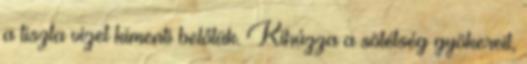
a tiszta vizet kimenti belőlük. Kihúzza a sötétség gyökereit,